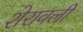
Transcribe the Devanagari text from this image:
शेरावली